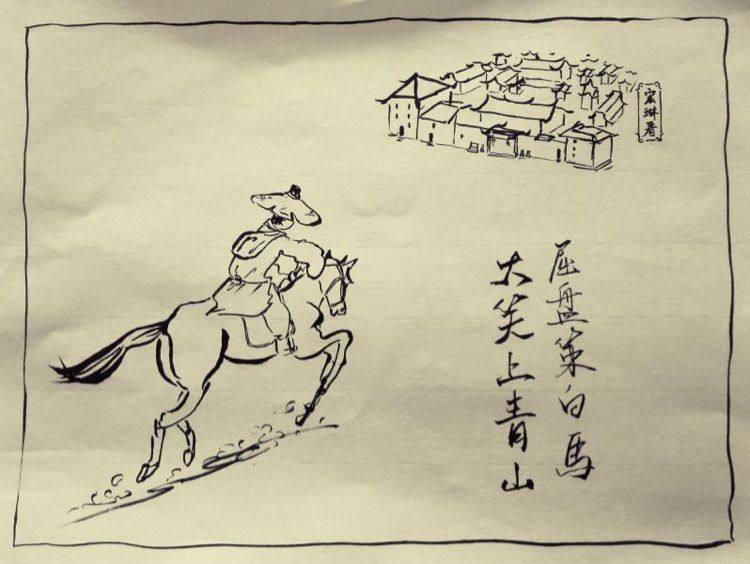
屈盘戏白马，大笑上青山。